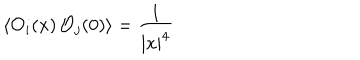
LaTeX: \langle { \cal O } _ { i } ( x ) \, { \cal O } _ { j } ( 0 ) \rangle = { \frac { 1 } { | x | ^ { 4 } } }